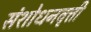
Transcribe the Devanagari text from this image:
संशोधनवृत्ती